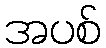
အပစ်